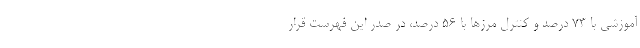
آموزشی با ۷۳ درصد و کنترل مرزها با ۵۶ درصد، در صدر این فهرست قرار